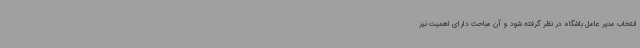
انتخاب مدیر عامل باشگاه در نظر گرفته شود و آن مباحث دارای اهمیت نیز